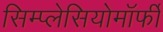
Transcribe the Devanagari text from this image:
सिम्प्लेसियोमॉर्फी